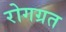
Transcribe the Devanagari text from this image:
रोगग्रत